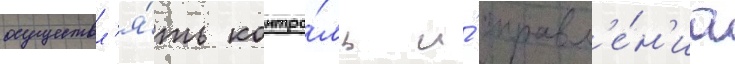
осуществл'я́ть контро́ль и́ управл'е́н'иа